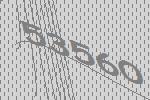
53560